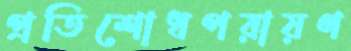
প্রতিশোধপরায়ণ